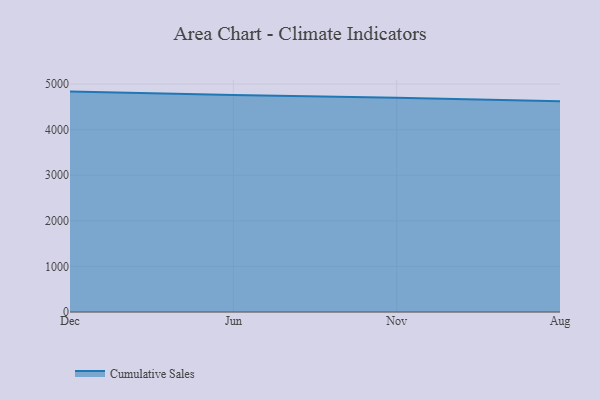
{"axis": {"x": "Month", "y": "Bounce Rate (%)"}, "legend": ["Cumulative Sales"], "data": [{"x": "Dec", "y": 4835.5, "type": "Cumulative Sales"}, {"x": "Jun", "y": 4759.0, "type": "Cumulative Sales"}, {"x": "Nov", "y": 4700.4, "type": "Cumulative Sales"}, {"x": "Aug", "y": 4621.7, "type": "Cumulative Sales"}]}